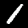
Label: 1